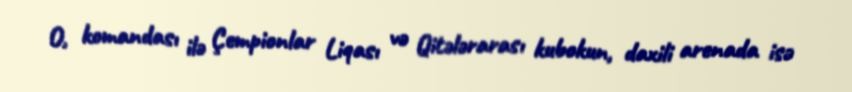
O, komandası ilə Çempionlar Liqası və Qitələrarası kubokun, daxili arenada isə